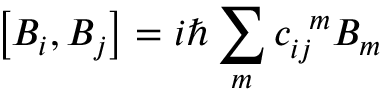
\left[ B _ { i } , B _ { j } \right] = i \hbar \sum _ { m } c _ { i j } ^ { \; \; m } B _ { m }